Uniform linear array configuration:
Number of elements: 4
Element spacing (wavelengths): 0.5
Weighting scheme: hann
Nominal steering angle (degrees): -45
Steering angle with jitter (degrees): -45.953
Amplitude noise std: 0.05
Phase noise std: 0.05

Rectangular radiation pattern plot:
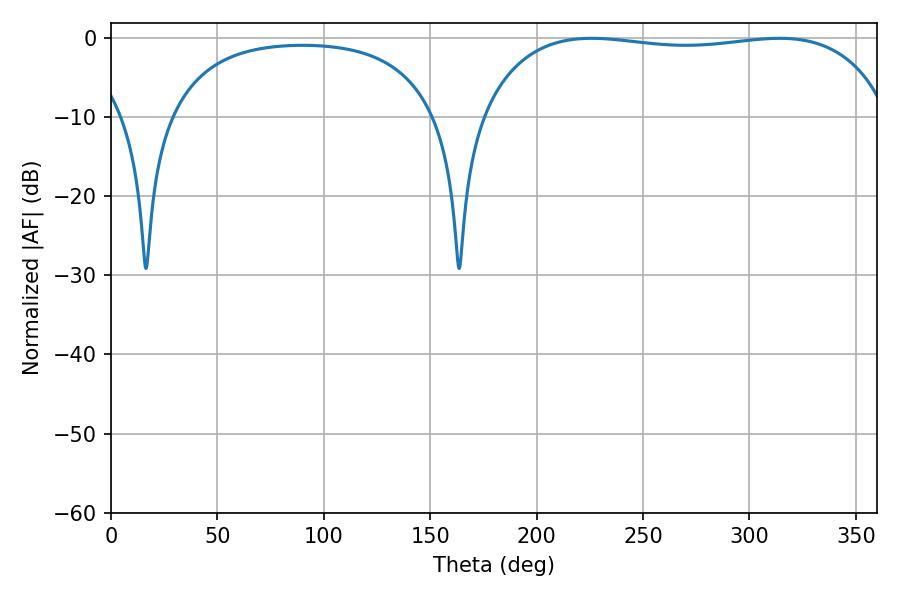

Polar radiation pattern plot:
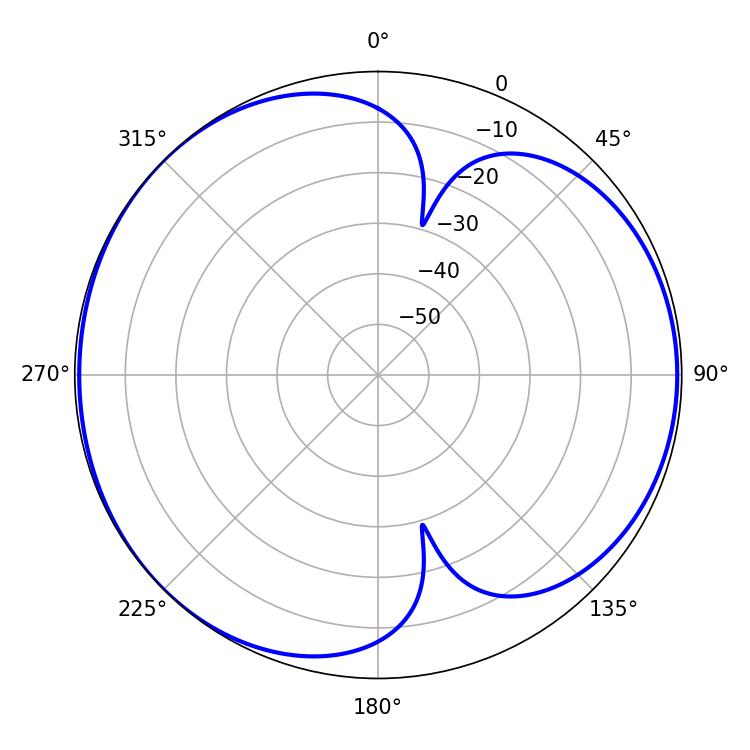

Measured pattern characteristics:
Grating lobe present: FALSE
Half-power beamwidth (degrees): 154.8
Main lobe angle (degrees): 225.9